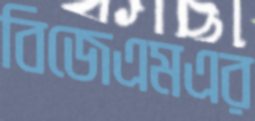
বিজেএমএর